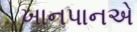
ખાનપાનએ